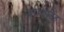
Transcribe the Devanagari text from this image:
र्वाणपतेह